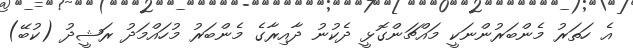
އެ ހަތަރު މެންބަރުންނަކީ މައްޗަންގޮޅީ ދެކުނު ދާއިރާގެ މެންބަރު މުހައްމަދު ރަޝީދު (ކުބޭ)